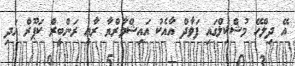
އޭ ދިލްހޭ މުޝްކިލްގައި ފަވާދް އާއެކު އައިޝްވާރްޔާ ރާއީ ރަންބީރް ކަޕޫރް އަދި